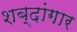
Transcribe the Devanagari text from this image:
शब्दांगार